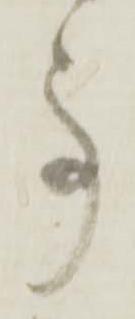
事